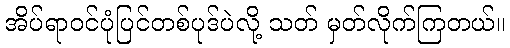
အိပ်ရာဝင်ပုံပြင်တစ်ပုဒ်ပဲလို့ သတ် မှတ်လိုက်ကြတယ်။